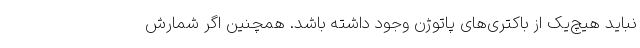
نباید هیچ‌یک از باکتری‌های پاتوژن وجود داشته باشد. همچنین اگر شمارش